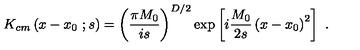
K _ { c m } \left( x - x _ { 0 } \ ; s \right) = \left( { \frac { \pi M _ { 0 } } { i s } } \right) ^ { D / 2 } \exp \left[ i { \frac { M _ { 0 } } { 2 s } } \left( x - x _ { 0 } \right) ^ { 2 } \right] \ .